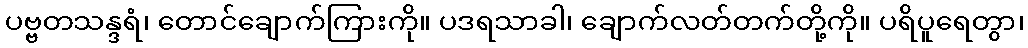
ပဗ္ဗတသန္ဒရံ၊ တောင်ချောက်ကြားကို။ ပဒရသာခါ၊ ချောက်လတ်တက်တို့ကို။ ပရိပူရေတွာ၊